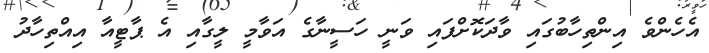
އެހެންވެ އިންތިހާބުގައި ވާދަކޮށްފައި ވަނީ ހަސީނާގެ އަވާމީ ލީގާއި އެ ޕާޓީއާ އިއްތިހާދު